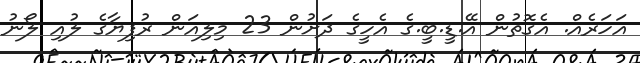
އަހަރެއް. އެގޮތުން އޭ.ޑީ.ބީ.ގެ އެހީގެ ދަށުން 23 މިލިއަން ރުފިޔާގެ ލުއި ލޯނު